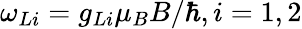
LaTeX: \omega_{Li}=g_{Li}\mu_{B}B/\hbar,i=1,2